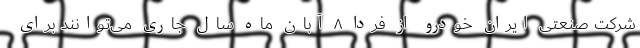
شرکت صنعتی ایران خودرو از فردا ۸ آبان ماه سال جاری می‌توانند برای